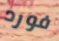
فورد